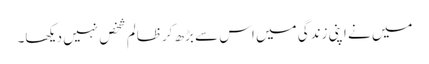
میں نے اپنی زندگی میں اس سے بڑھ کرظالم شخص نہیں دیکھا۔